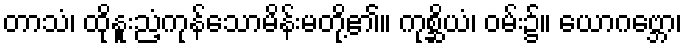
တာသံ၊ ထိုနူးညံ့ကုန်သောမိန်းမတို့၏။ ကုစ္ဆိယံ၊ ဝမ်း၌။ ယောဂဗ္ဘော၊